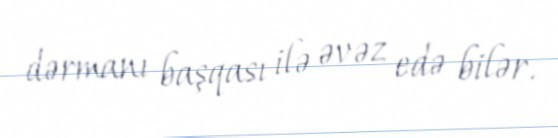
dərmanı başqası ilə əvəz edə bilər.